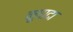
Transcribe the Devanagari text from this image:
कुषादा